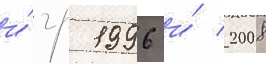
и́гр 1996 и́ 2008